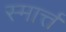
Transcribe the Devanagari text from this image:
स्मार्त्त